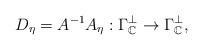
LaTeX: \begin{align*} D_{\eta}=A^{-1}A_{\eta}:\Gamma_{\mathbb{C}}^\perp\rightarrow\Gamma_{\mathbb{C}}^\perp,\end{align*}